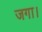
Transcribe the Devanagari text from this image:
जगा।